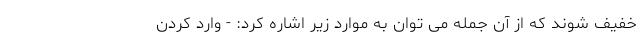
خفیف شوند که از آن جمله می توان به موارد زیر اشاره کرد: - وارد کردن